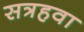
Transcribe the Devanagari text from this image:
सत्रहवा